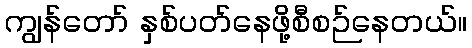
ကျွန်တော် နှစ်ပတ်နေဖို့စီစဉ်နေတယ်။